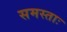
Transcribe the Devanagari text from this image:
समस्ताः